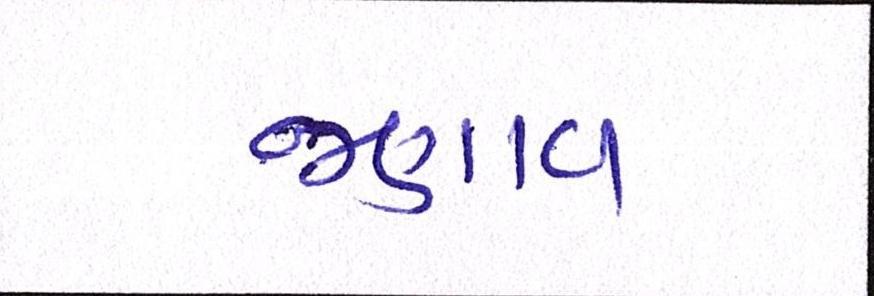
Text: જણાવ